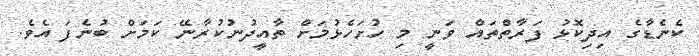
ކެނެޑާގެ އިދިކޮޅު ފަރާތްތައް ވަނީ މި ހުށަހެޅުމަށް ތާއީދުނުކުރާނޭ ކަމަށް ބުނެފަ އެވެ.